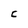
Character: C